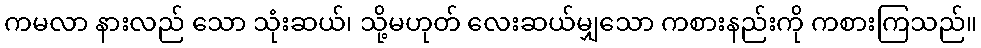
ကမလာ နားလည် သော သုံးဆယ်၊ သို့မဟုတ် လေးဆယ်မျှသော ကစားနည်းကို ကစားကြသည်။